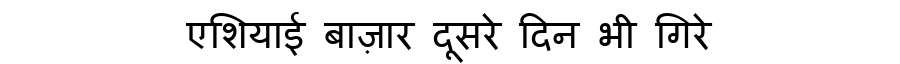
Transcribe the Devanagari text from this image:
एशियाई बाज़ार दूसरे दिन भी गिरे